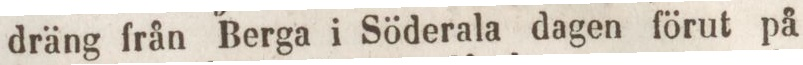
dräng från Berga i Söderala dagen förut på